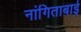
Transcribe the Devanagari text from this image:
नांगिताबाई